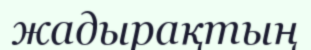
жадырақтың